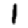
Digit: 1